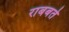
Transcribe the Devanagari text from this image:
राबबते